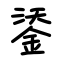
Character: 鋈